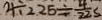
4 \div 2 2 5 = \frac { 4 } { 2 2 } s